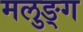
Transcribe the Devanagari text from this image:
मलुङ्ग